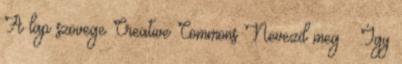
A lap szövege Creative Commons Nevezd meg – Így